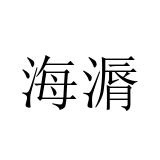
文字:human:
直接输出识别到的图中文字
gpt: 海漘